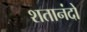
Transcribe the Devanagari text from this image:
शतानंदो